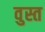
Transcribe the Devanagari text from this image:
वुस्त